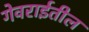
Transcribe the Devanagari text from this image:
गेवराईतील